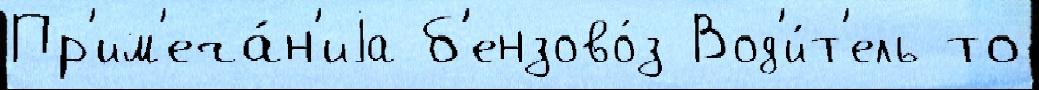
Пр'им'еча́н'иjа б'ензово́з Вод'и́т'ель то